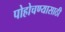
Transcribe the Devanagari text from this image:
पोहोचण्‍यासाठी